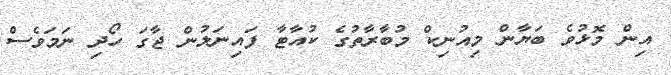
އިން މޮޅުވެ ބަޔާން މިއުނިކް މުބާރާތުގެ ކުއާޓާ ފައިނަލުން ޖާގަ ހޯދި ނަމަވެސް